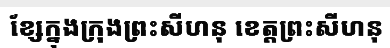
ខ្សែក្នុងក្រុងព្រះសីហនុ ខេត្តព្រះសីហនុ